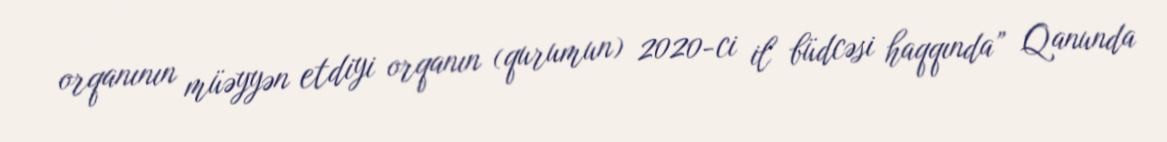
orqanının müəyyən etdiyi orqanın (qurumun) 2020-ci il büdcəsi haqqında” Qanunda